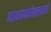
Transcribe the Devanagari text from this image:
नाट्यमहोत्सवाचे